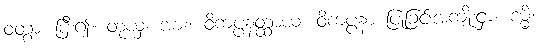
ဝတွာ၊ ပြီး၍။ တုယှံ၊ အား။ ဝိကပ္ပနတ္ထာယ၊ ဝိကပ္ပနာ ပြုခြင်းအကျိုးငှာ။ ဒမ္မိ၊